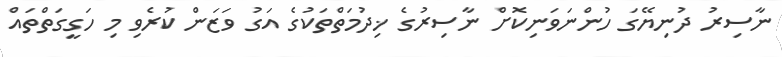
ނާސިރު ދުނިޔޭގަ ހުންނަވަނިކޮށް ނާސިރުގެ ޚިދުމަތްތަކުގެ އަގު ވަޒަން ކުރެވި މި ހަގީގަތްތައް